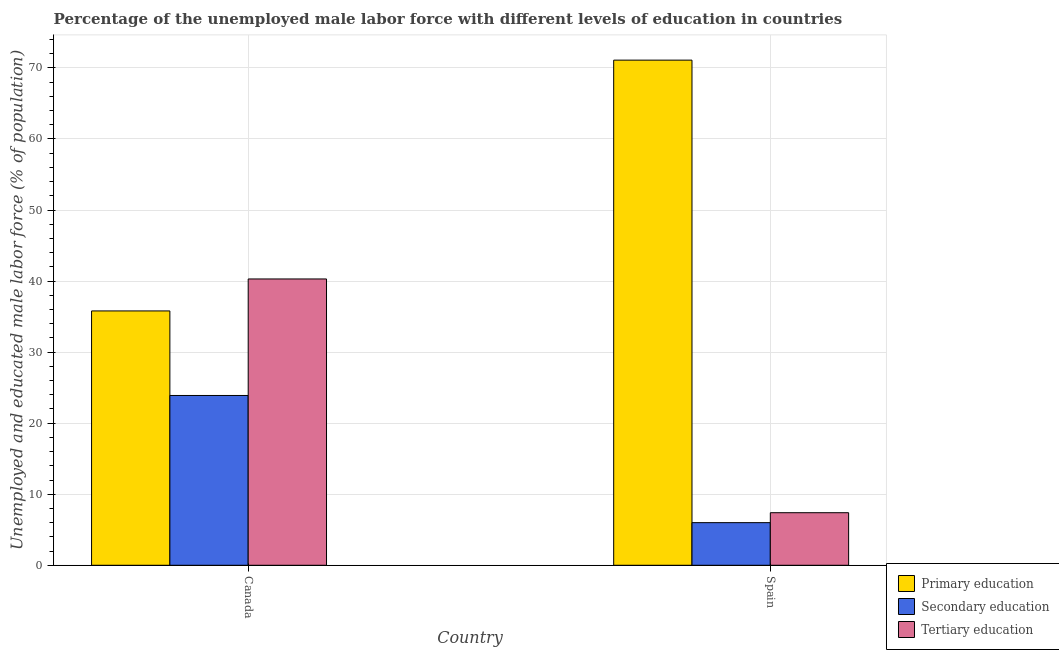
| Country | Primary education | Secondary education | Tertiary education |
 | --- | --- | --- | --- |
 | Canada | 35.8 | 23.9 | 40.3 |
 | Spain | 71.1 | 6 | 7.4 |